Leaving Certificate Examination (including Day School Certificate (Higher) General paper), 1935
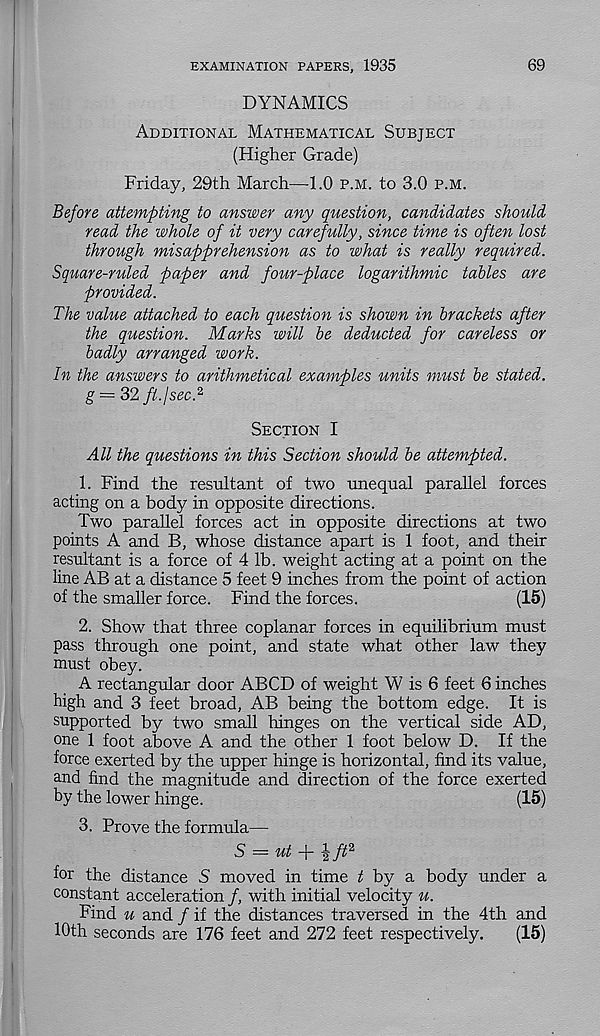
EXAMINATION PAPERS, 1935
69
DYNAMICS
Additional Mathematical Subject
(Higher Grade)
Friday, 29th March—1.0 p.m. to 3.0 p.m.
Before attempting to answer any question, candidates should
read the whole of it very carefully, since time is often lost
through misapprehension as to what is really required.
Square-ruled paper and four-place logarithmic tables are
provided.
The value attached to each question is shown in brackets after
the question. Marks will be deducted for careless or
badly arranged work.
In the answers to arithmetical examples units must be stated,
g — 32//./sec. 2
Section I
All the questions in this Section should be attempted.
1. Find the resultant of two unequal parallel forces
acting on a body in opposite directions.
Two parallel forces act in opposite directions at two
points A and B, whose distance apart is 1 foot, and their
resultant is a force of 4 lb. weight acting at a point on the
line AB at a distance 5 feet. 9 inches from the point of action
of the smaller force. Find the forces.
(15)
2. Show that three coplanar forces in equilibrium must
pass through one point, and state what other law they
must obey.
A rectangular door ABCD of weight W is 6 feet 6 inches
high and 3 feet broad, AB being the bottom edge. It is
supported by two small hinges on the vertical side AD,
one 1 foot above A and the other 1 foot below D. If the
force exerted by the upper hinge is horizontal, find its value,
and find the magnitude and direction of the force exerted
by the lower hinge.
(15)
3. Prove the formula—
S = ■ w/ + |// 2
for the distance S moved in time / by a body under a
constant acceleration /, with initial velocity u.
Find u and / if the distances traversed in the 4th and
10th seconds are 176 feet and 272 feet respectively.
(15)